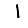
Digit: 1